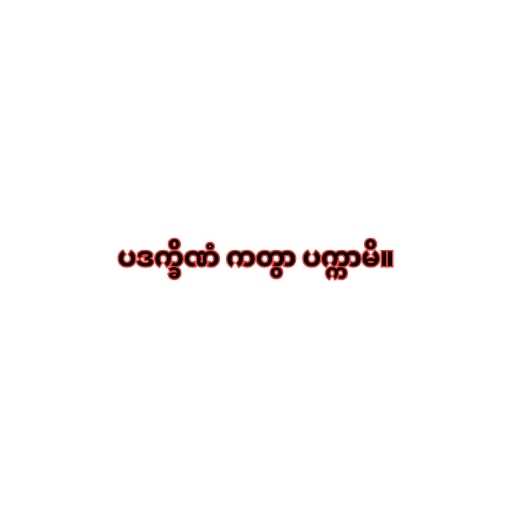
ပဒက္ခိဏံ ကတွာ ပက္ကာမိ။